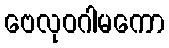
ဗေလုဝဂါမကော